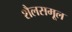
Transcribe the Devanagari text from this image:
शैलसमूल